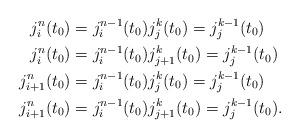
LaTeX: \begin{align*}j^n_i(t_0) &= j^{n - 1}_i(t_0) j^{k}_j(t_0) = j^{k - 1}_j(t_0)\\j^n_i(t_0) &= j^{n - 1}_i(t_0) j^{k}_{j + 1}(t_0) = j^{k - 1}_j(t_0)\\j^n_{i+1}(t_0) &= j^{n - 1}_i(t_0) j^{k}_j(t_0) = j^{k - 1}_j(t_0)\\j^n_{i+1}(t_0) &= j^{n - 1}_i(t_0) j^{k}_{j+1}(t_0) = j^{k - 1}_j(t_0).\end{align*}